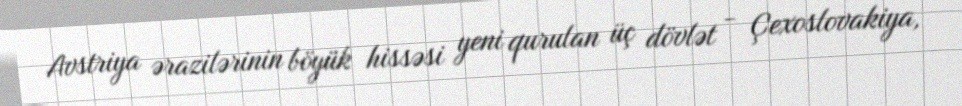
Avstriya ərazilərinin böyük hissəsi yeni qurulan üç dövlət - Çexoslovakiya,